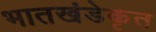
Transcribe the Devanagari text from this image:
भातखंडेकृत